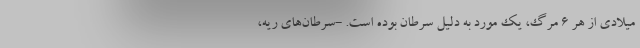
میلادی از هر ۶ مرگ، یک مورد به دلیل سرطان بوده است. -سرطان‌های ریه،